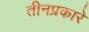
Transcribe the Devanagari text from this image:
तीनप्रकारे